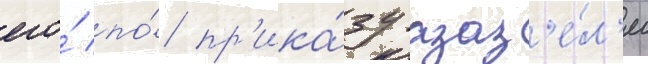
его́ по́ пр'ика́зу азаз'е́л'я